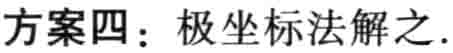
方案四：极坐标法解之.